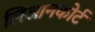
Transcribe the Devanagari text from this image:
लिआनकोर्ट